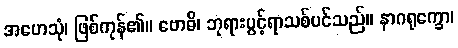
အဟေသုံ၊ ဖြစ်ကုန်၏။ ဗောဓိ၊ ဘုရားပွင့်ရာသစ်ပင်သည်။ နာဂရုက္ခော၊